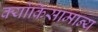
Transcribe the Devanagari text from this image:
क्योंकिसामान्य